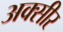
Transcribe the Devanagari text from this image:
अक्सीर